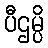
ပီဌမ္ပိ